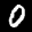
Label: 0